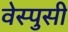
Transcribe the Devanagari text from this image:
वेस्पुसी